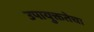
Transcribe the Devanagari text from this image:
उपायुक्ततेचा